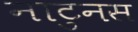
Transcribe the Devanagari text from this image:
नाटुनस